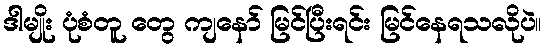
ဒါမျိုး ပုံစံတူ တွေ ကျနော် မြင်ပြီးရင်း မြင်နေရသလိုပဲ။